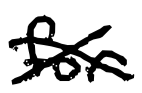
Text: for
Cross-out: mix
Writing tool: digital_black